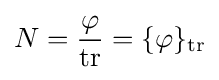
N={\frac {\varphi }{\text{tr}}}=\{\varphi \}_{\text{tr}}